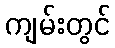
ကျမ်းတွင်